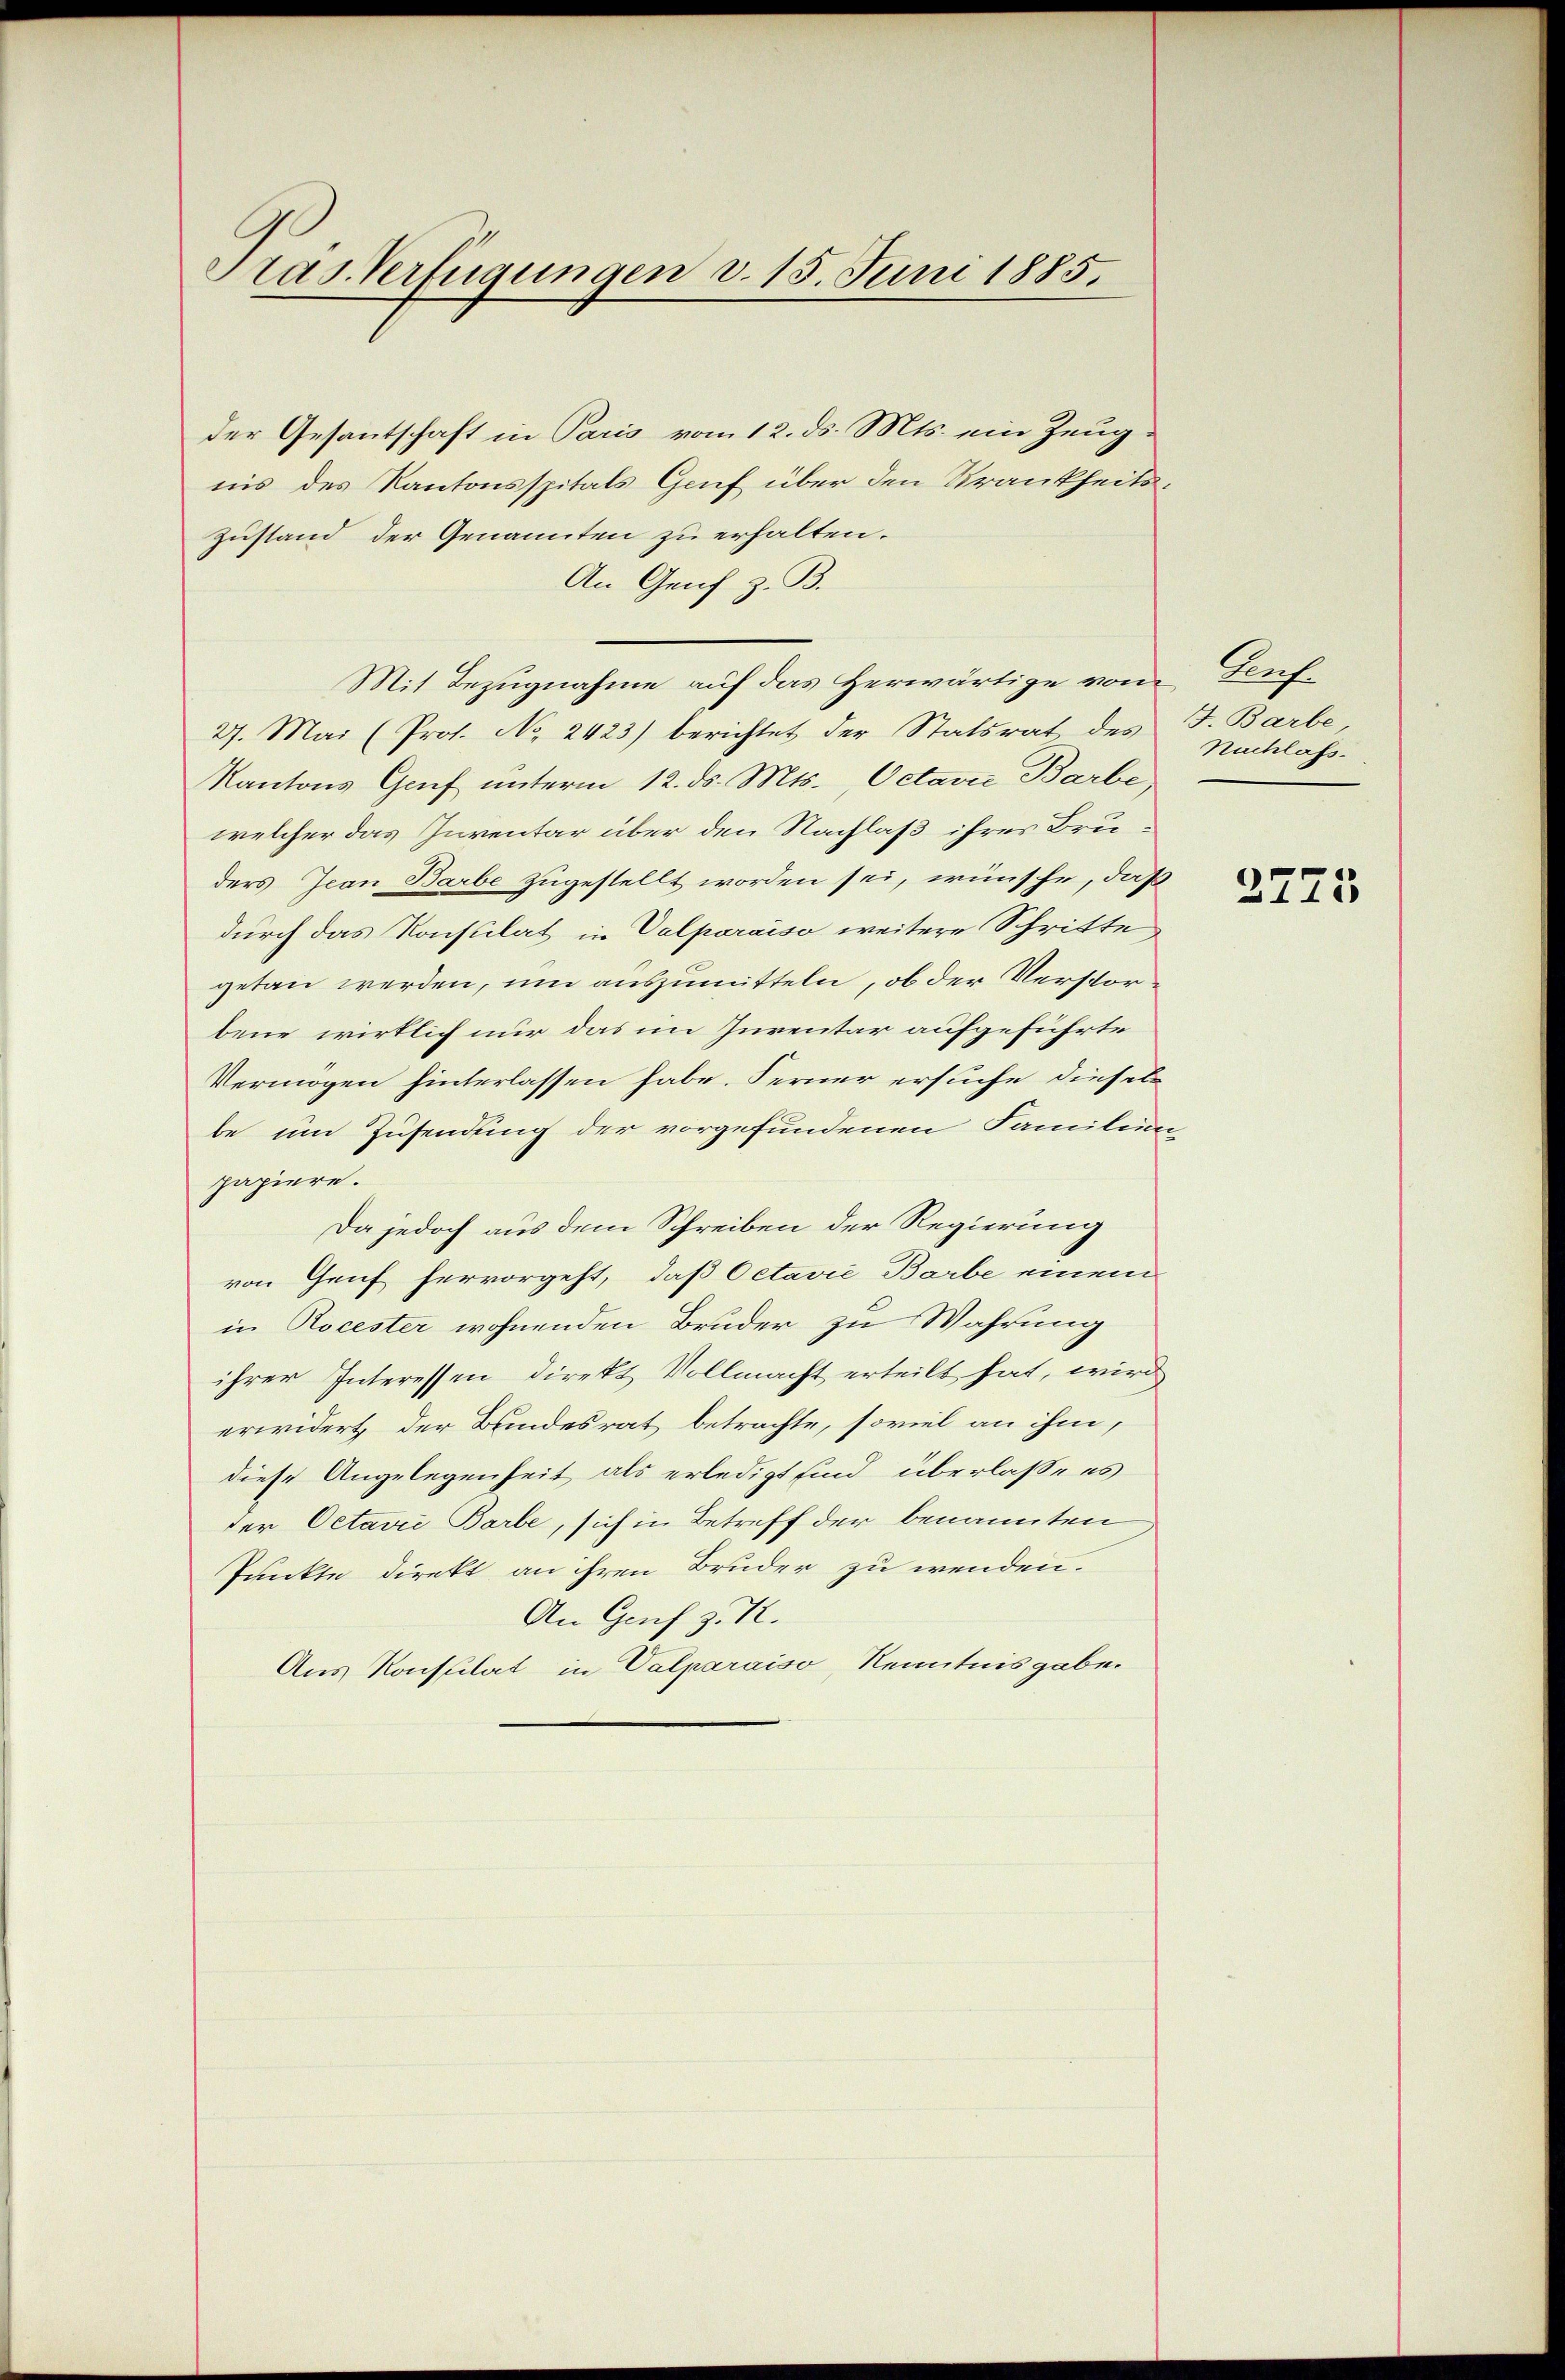
Pras. Verfügungen d. 15. Juni 1885.

der Gesantschaft in Paris vom 12. ds. Mts. ein Zeugnis des Kantonsspitals Gruf über den Krankheits¬
Zustand der Genannten zu erhalten.
An Genf z. B.
Mit Bezugnahme auf das Herwärtige vom Teuf¬
27. Mai (Prof. No. 2423) berichtet der Statsrat des J. Barbe
Kantons Genf unterm 12. ds. Mts. Octaver Barbe,
welcher das Inventar über den Nachlaß ihres Bruders Jean Barbe zugestellt worden sei, wünsche, daß
durch das Konsulat in Valparaiso weitere Schritte
getan werden, um auszumitteln, ob der Verstorbene wirklich nur das im Juventar aufgeführte
Vermögen hinterlassen habe. Ferner ersuche dieselbe um Zusendung der vorgefundenen Familien
papiere.
Da jedoch aus dem Schreiben der Regierung
von Genf hervorgeht, daß Octavić Barbe einem
in Rocester wohnenden Bruder zu Wahrung
ihrer Interessen direkt Vollmacht erteilt hat, wird
erwidert der Bundesrat betrachte, soviel an ihm,
diese Angelegenheit als erledigt sind, überlaße es
der Octavić Barbe, sich in Betreff der benannten
Punkte direkt an ihren Bruder zu wenden.
An Genf z. K.
Aus Konsulat in Valparaiso, Kenntnisgabe.

Nachlass.

2775